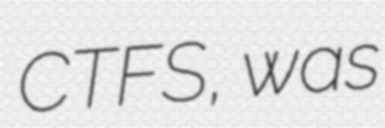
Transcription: CTFS, was